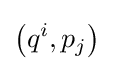
\left(q^{i},p_{j}\right)